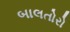
બાલતોરો